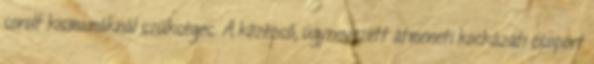
sorolt kismamáknál szükséges. A középső, úgynevezett átmeneti kockázati csoport